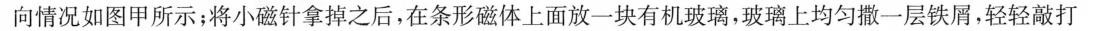
向情况如图甲所示；将小磁针拿掉之后，在条形磁体上面放一块有机玻璃，玻璃上均匀撒一层铁屑，轻轻敲打